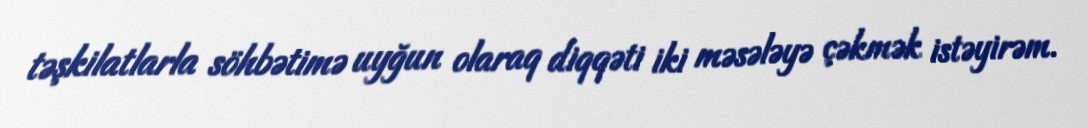
təşkilatlarla söhbətimə uyğun olaraq diqqəti iki məsələyə çəkmək istəyirəm.